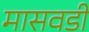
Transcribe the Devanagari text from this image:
मासवडी